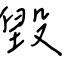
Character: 毀